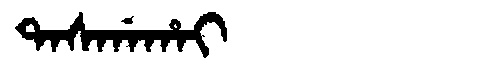
Manchu: ᡨᠠᠰᡤᠠᡥᠠᡳ
Romanization: TASGAHAI